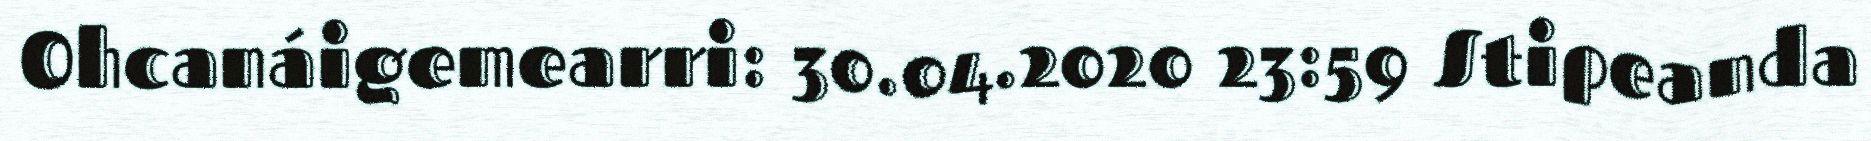
Ohcanáigemearri: 30.04.2020 23:59 Stipeanda